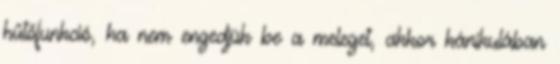
hűtőfunkció, ha nem engedjük be a meleget, akkor kánikulában